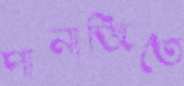
পানাজিতে